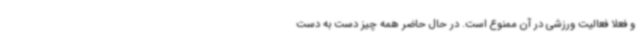
و فعلا فعالیت ورزشی در آن ممنوع است. در حال حاضر همه چیز دست به دست